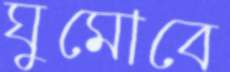
ঘুমোবে